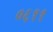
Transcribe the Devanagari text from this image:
०६११